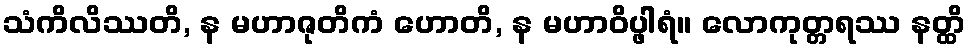
သံကိလိဿတိ, န မဟာဇုတိကံ ဟောတိ, န မဟာဝိပ္ဖါရံ။ လောကုတ္တရဿ နတ္ထိ